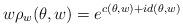
LaTeX: \begin{align*}w\rho_w(\theta,w) = e^{c(\theta,w) + i d(\theta,w) }\end{align*}